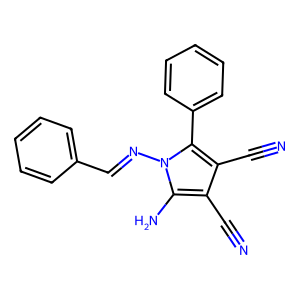
SMILES: N#Cc1c(C#N)c(-c2ccccc2)n(N=Cc2ccccc2)c1N
Inhibits HIV replication: No